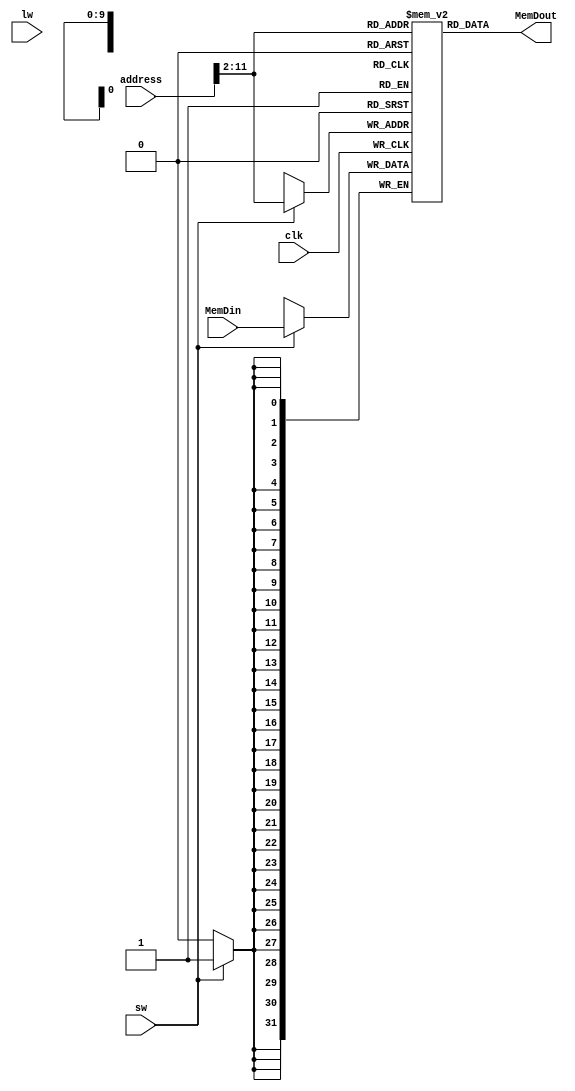
`timescale 1ns / 1ps
//////////////////////////////////////////////////////////////////////////////////
// Company: 
// Engineer: 
// 
// Design Name: 
// Module Name: RAM
// Project Name: 
// Target Devices: 
// Tool Versions: 
// Description: 
// 
// Dependencies: 
// 
// Revision:
// Revision 0.01 - File Created
// Additional Comments:
// 
//////////////////////////////////////////////////////////////////////////////////


module RAM(clk,sw,lw,address,MemDin, MemDout);
input  wire clk,sw,lw;
input  wire [31:0]address,MemDin;
output wire [31:0]MemDout;
reg   [31:0]ram[0:1023];
integer i;
assign MemDout=ram[(address[11:2])];

initial
begin
    for(i=0;i<1024;i=i+1)
    ram[i]<=0;
end

always@(posedge clk)
begin 
    if(sw)
    begin 
        ram[(address[11:2])]<=MemDin;
    end
end

endmodule